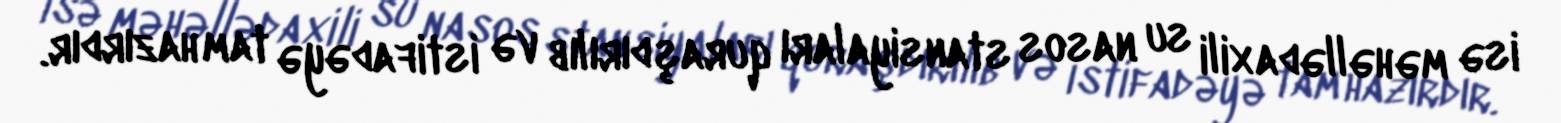
isə məhəllədaxili su nasos stansiyaları quraşdırılıb və istifadəyə tam hazırdır.